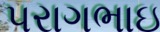
પરાગભાઇ